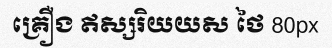
គ្រឿង ឥស្សរិយយស ថៃ 80px